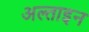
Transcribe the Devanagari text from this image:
अल्ताइन